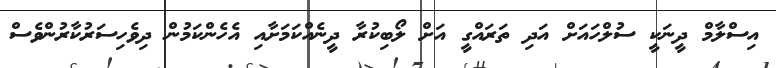
އިސްލާމް ދީނަކީ ސުލްހައަށް އަދި ތަރައްގީ އަށް ލޯބިކުރާ ދީނެއްކަމަށާއި އެހެންކަމުން ދިވެހިސަރުކާރުންވެސް